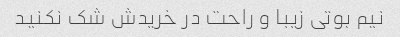
نیم بوتی زیبا و راحت در خریدش شک نکنید